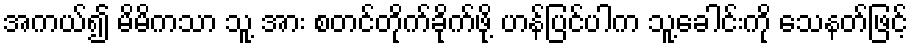
အကယ်၍ မိမိကသာ သူ့ အား စတင်တိုက်ခိုက်ဖို့ ဟန်ပြင်ပါက သူ့ခေါင်းကို သေနတ်ဖြင့်